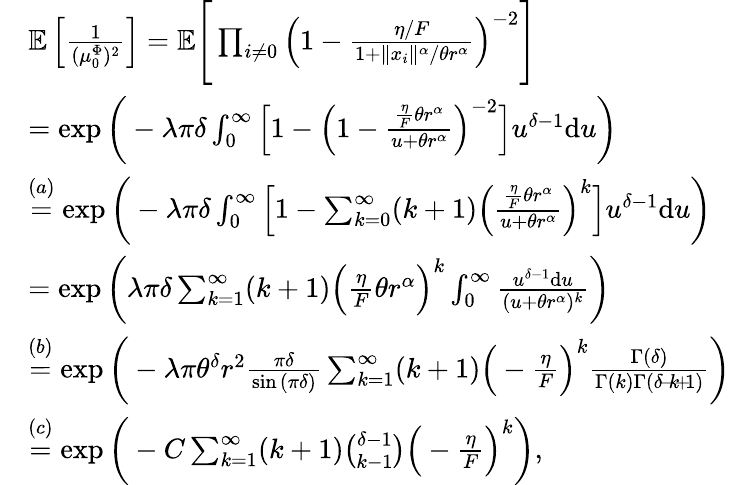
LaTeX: \begin{array}{rl}&{\mathbb{E}\left[\frac{1}{(\mu_{0}^{\Phi})^{2}}\right]=\mathbb{E}\Bigg[\prod_{i\neq 0}\left(1-\frac{\eta/F}{1+\Vert x_{i}\Vert^{\alpha}/\theta r^{\alpha}}\right)^{-2}\Bigg]}\\ &{=\exp{\bigg(-\lambda\pi\delta\int_{0}^{\infty}\Big[1-\Big(1-\frac{\frac{\eta}{F}\theta r^{\alpha}}{u+\theta r^{\alpha}}\Big)^{-2}\Big]u^{\delta-1}\mathrm{d}u\bigg)}}\\ &{\stackrel{(a)}{=}\exp{\bigg(-\lambda\pi\delta\int_{0}^{\infty}\Big[1-\sum_{k=0}^{\infty}(k+1)\Big(\frac{\frac{\eta}{F}\theta r^{\alpha}}{u+\theta r^{\alpha}}\Big)^{k}\Big]u^{\delta-1}\mathrm{d}u\bigg)}}\\ &{=\exp{\bigg(\lambda\pi\delta\sum_{k=1}^{\infty}(k+1)\Big(\frac{\eta}{F}\theta r^{\alpha}\Big)^{k}\int_{0}^{\infty}\frac{u^{\delta-1}\mathrm{d}u}{(u+\theta r^{\alpha})^{k}}\bigg)}}\\ &{\stackrel{(b)}{=}\exp{\bigg(-\lambda\pi\theta^{\delta}r^{2}\frac{\pi\delta}{\sin{(\pi\delta)}}\sum_{k=1}^{\infty}(k+1)\Big(-\frac{\eta}{F}\Big)^{k}\frac{\Gamma(\delta)}{\Gamma(k)\Gamma(\delta\! -\! k\! +\! 1)}\bigg)}}\\ &{\stackrel{(c)}{=}\exp{\bigg(-C\sum_{k=1}^{\infty}(k+1){\binom{\delta-1}{k-1}}\Big(-\frac{\eta}{F}\Big)^{k}\bigg)},}\end{array}